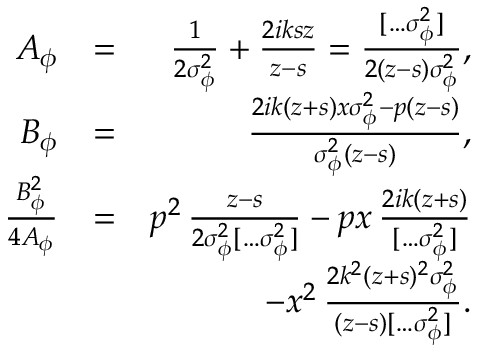
\begin{array} { r l r } { A _ { \phi } } & { = } & { \frac { 1 } { 2 \sigma _ { \phi } ^ { 2 } } + \frac { 2 i k s z } { z - s } = \frac { [ \hdots \sigma _ { \phi } ^ { 2 } ] } { 2 ( z - s ) \sigma _ { \phi } ^ { 2 } } , } \\ { B _ { \phi } } & { = } & { \frac { 2 i k ( z + s ) x \sigma _ { \phi } ^ { 2 } - p ( z - s ) } { \sigma _ { \phi } ^ { 2 } ( z - s ) } , } \\ { \frac { B _ { \phi } ^ { 2 } } { 4 A _ { \phi } } } & { = } & { p ^ { 2 } \, \frac { z - s } { 2 \sigma _ { \phi } ^ { 2 } [ \hdots \sigma _ { \phi } ^ { 2 } ] } - p x \, \frac { 2 i k ( z + s ) } { [ \hdots \sigma _ { \phi } ^ { 2 } ] } } \\ & { } & { \qquad - x ^ { 2 } \, \frac { 2 k ^ { 2 } ( z + s ) ^ { 2 } \sigma _ { \phi } ^ { 2 } } { ( z - s ) [ \hdots \sigma _ { \phi } ^ { 2 } ] } . } \end{array}